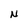
Character: N